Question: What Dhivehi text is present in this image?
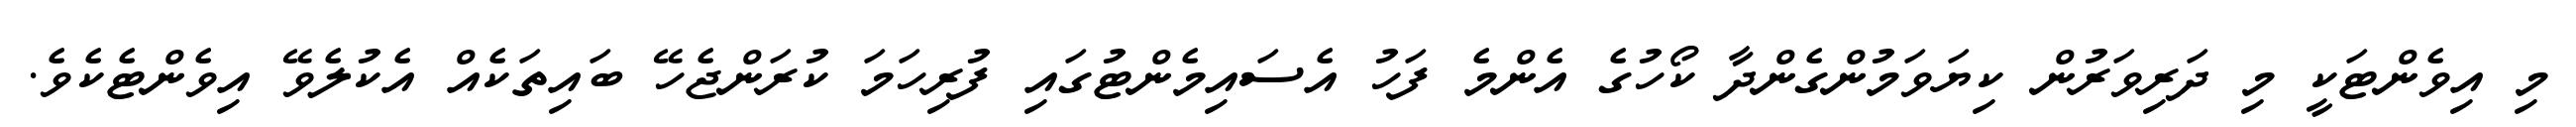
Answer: މި އިވެންޓަކީ މި ދަރިވަރުން ކިޔަވަމުންގެންދާ ކޯހުގެ އެންމެ ފަހު އެސައިމެންޓުގައި ފުރިހަމަ ކުރަންޖެހޭ ބައިތަކެއް އެކުލެވޭ އިވެންޓެކެވެ.